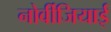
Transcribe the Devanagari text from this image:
नोर्वीजियाई